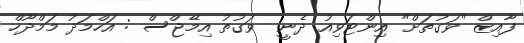
ފާއިޒް "ވަގުތަށް" އިންޓަވިއު ދެނީ  ވަގުތު އިމޭޖްސް : އަހްމަދު މަމްދޫހް